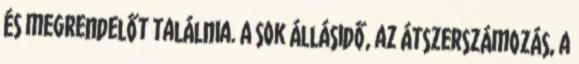
és megrendelőt találnia. A sok állásidő, az átszerszámozás, a